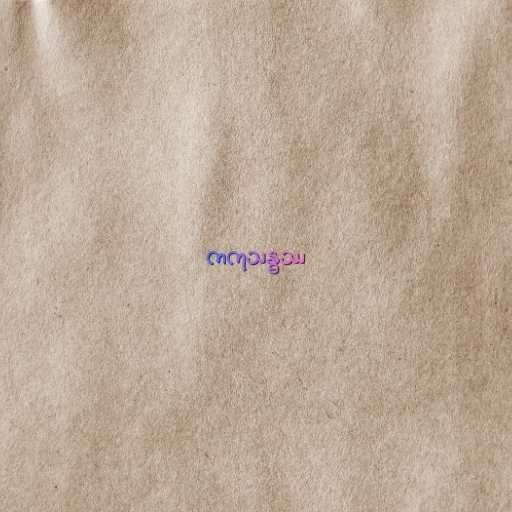
ကကုသန္ဓဿ